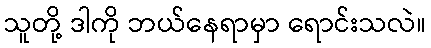
သူတို့ ဒါကို ဘယ်နေရာမှာ ရောင်းသလဲ။